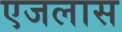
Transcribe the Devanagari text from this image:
एजलास